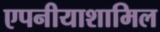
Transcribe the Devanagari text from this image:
एपनीयाशामिल